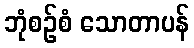
ဘုံစဉ်စံ သောတာပန်